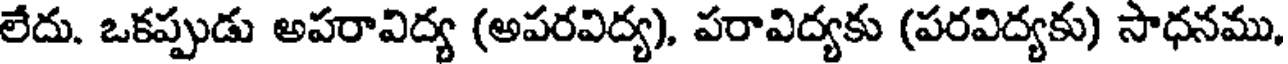
లేదు. ఒకప్పుడు అపరావిద్య (అపరవిద్య), పరావిద్యకు (పరవిద్యకు) సాధనము,